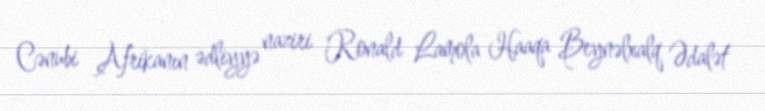
Cənubi Afrikanın ədliyyə naziri Ronald Lamola Haaqa Beynəlxalq Ədalət